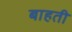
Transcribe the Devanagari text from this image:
बाहती